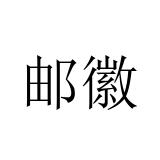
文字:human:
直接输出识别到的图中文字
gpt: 邮徽